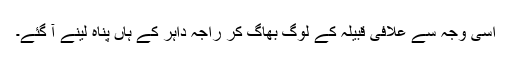
اسی وجہ سے علافی قبیلہ کے لوگ بھاگ کر راجہ داہر کے ہاں پناہ لینے آ گئے۔